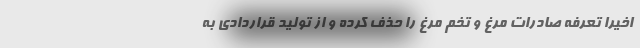
اخیرا تعرفه صادرات مرغ و تخم مرغ را حذف کرده و از تولید قراردادی به